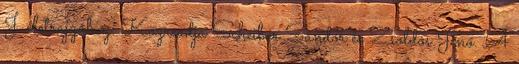
J. életrajzához. Közreadja Scheiber Sándor és Zsoldos Jenő. A